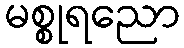
မစ္စုရညော